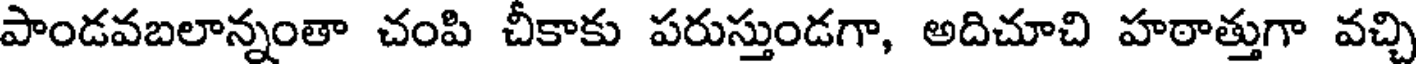
పాండవబలాన్నంతా చంపి చీకాకు పరుస్తుండగా, అదిచూచి హఠాత్తుగా వచ్చి